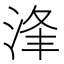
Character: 浲